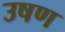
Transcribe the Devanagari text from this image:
उषण